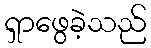
ရှာဖွေခဲ့သည်